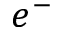
e ^ { - }